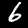
Label: 6